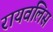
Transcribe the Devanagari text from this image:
रायवलिस